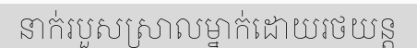
នាក់របួសស្រាលម្នាក់ដោយរថយន្ត